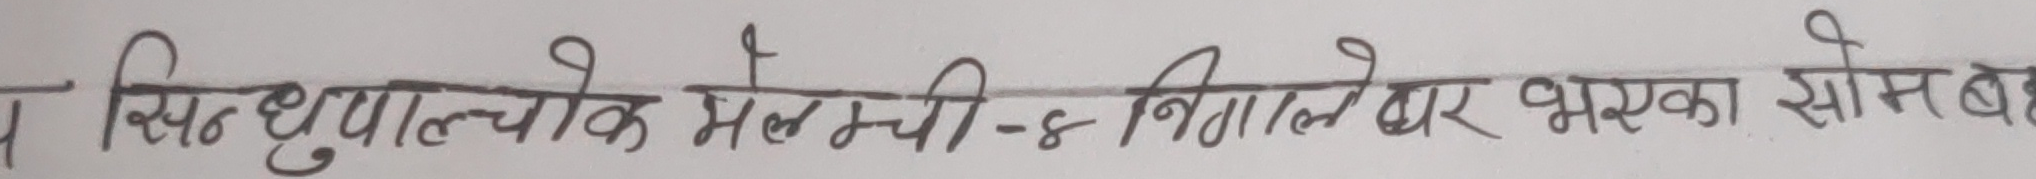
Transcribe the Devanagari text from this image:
य सिन्धुपाल्चोक मेलम्ची-४ निगालेबार भएका सोस बह